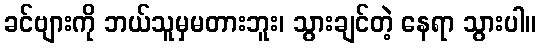
ခင်ဗျားကို ဘယ်သူမှမတားဘူး၊ သွားချင်တဲ့ နေရာ သွားပါ။